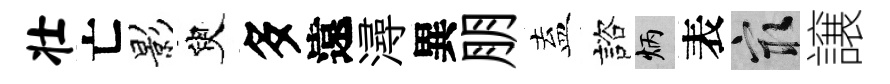
壮亡影臾多遠潯異朋盍諮炳表冣譲